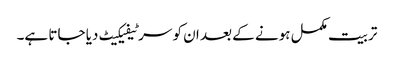
تربیت مکمل ہونے کے بعد ان کو سرٹیفیکیٹ دیا جاتا ہے۔